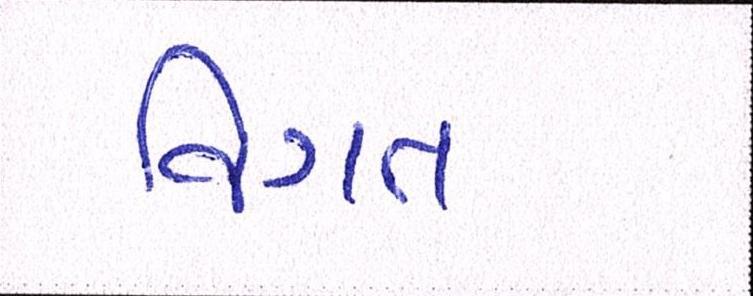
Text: વિગત